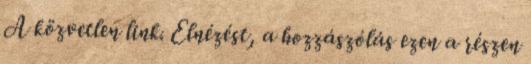
A közvetlen link. Elnézést, a hozzászólás ezen a részen